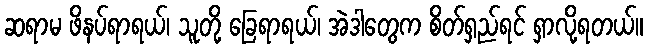
ဆရာမ ဖိနပ်ရာရယ်၊ သူတို့ ခြေရာရယ်၊ အဲဒါတွေက စိတ်ရှည်ရင် ရှာလို့ရတယ်။